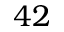
4 2